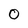
Character: 0